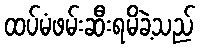
ထပ်မံဖမ်းဆီးရမိခဲ့သည်